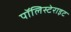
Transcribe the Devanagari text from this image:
पॉलिस्टेराइट